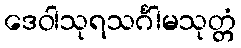
ဒေဝါသုရသင်္ဂါမသုတ္တံ